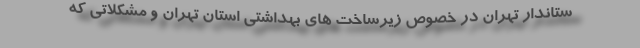
ستاندار تهران در خصوص زیرساخت های بهداشتی استان تهران و مشکلاتی که